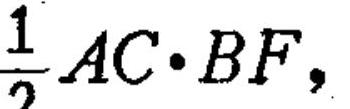
$\frac{1}{2}AC\cdot BF,$